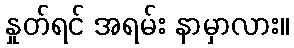
နှုတ်ရင် အရမ်း နာမှာလား။